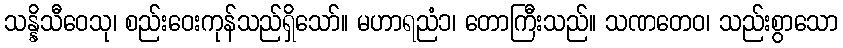
သန္နိသီဝေသု၊ စည်းဝေးကုန်သည်ရှိသော်။ မဟာရညံ၁၊ တောကြီးသည်။ သဏတေဝ၊ သည်းစွာသော